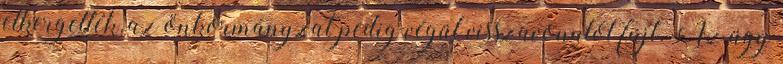
elkergették, az önkormányzat pedig végül visszavonulót fújt. Az ügy